Scottish Certificate of Education, 1962
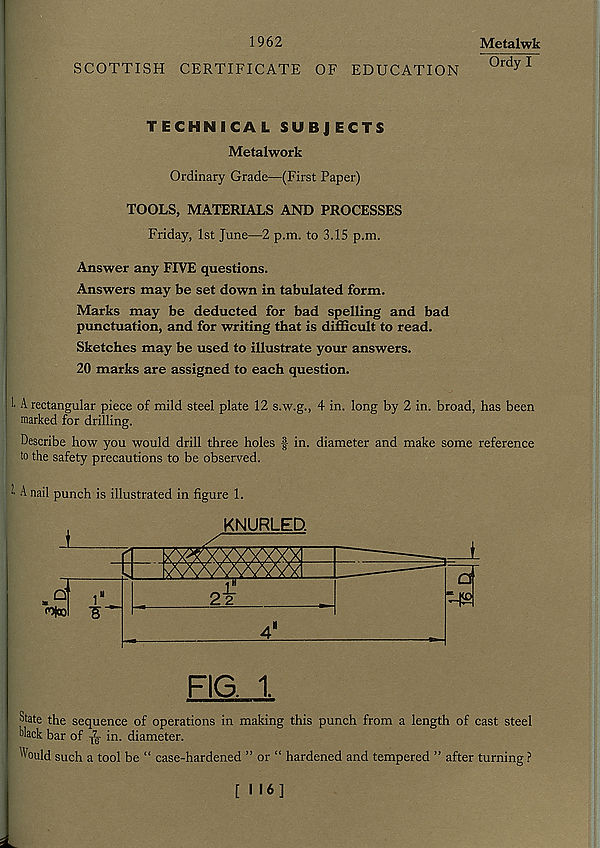
1962
SCOTTISH CERTIFICATE OF EDUCATION
Metalwk
ISd^T
TECHNICAL SUBJECTS
Metalwork
Ordinary Grade—(First Paper)
TOOLS, MATERIALS AND PROCESSES
Friday, 1st June—2 p.m. to 3.15 p.m.
Answer any FIVE questions.
Answers may be set down in tabulated form.
Marks may be deducted for bad spelling and bad
punctuation, and for writing that is difficult to read.
Sketches may be used to illustrate your answers.
20 marks are assigned to each question.
!• A rectangular piece of mild steel plate 12 s.w.g., 4 in. long by 2 in. broad, has been
marked for drilling.
Describe how you would drill three holes f- in. diameter and make some reference
to the safety precautions to be observed.
’■ A nail punch is illustrated in figure 1.
FIG. 1.
State the sequence of operations in making this punch from a length of cast steel
Mack bar of
in. diameter.
^ould such a tool be “ case-hardened ” or “ hardened and tempered ” after turning ?
[116]